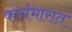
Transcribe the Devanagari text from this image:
कार्यभारात